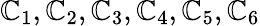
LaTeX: \mathbb{C}_{1},\mathbb{C}_{2},\mathbb{C}_{3},\mathbb{C}_{4},\mathbb{C}_{5},\mathbb{C}_{6}